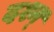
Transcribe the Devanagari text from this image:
दश्न्